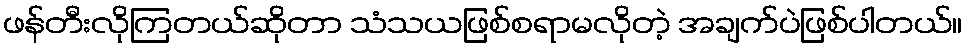
ဖန်တီးလိုကြတယ်ဆိုတာ သံသယဖြစ်စရာမလိုတဲ့ အချက်ပဲဖြစ်ပါတယ်။